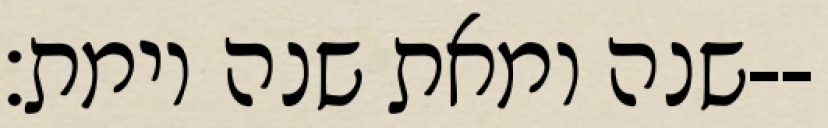
שנה ומאת שנה וימת׃--